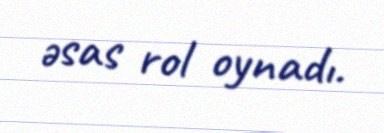
əsas rol oynadı.